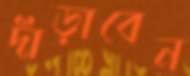
দাঁড়াবেন